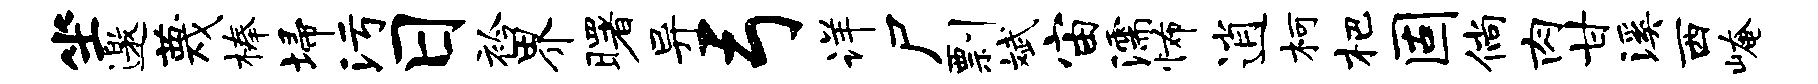
坐邀蔑榛埽污日衿界曙异弓详尸剽斌宙濡怖逍柯杷固倘肉甘溪西崦